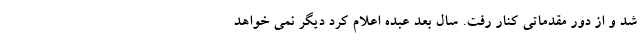
شد و از دور مقدماتی کنار رفت. سال بعد عبده اعلام کرد دیگر نمی خواهد